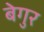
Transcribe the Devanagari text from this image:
बेगुर